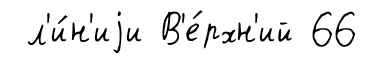
л'и́н'иjи В'е́рхн'ий 66